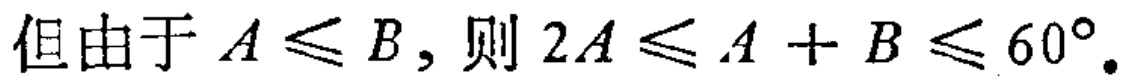
但由于\(A\leqslant B\)，则\(2A\leqslant A + B\leqslant 60^{\circ}\)。